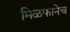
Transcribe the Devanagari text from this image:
मिळफानेच